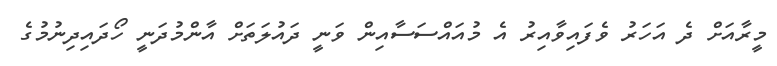
މީރާއަށް ދެ އަހަރު ވެފައިވާއިރު އެ މުއައްސަސާއިން ވަނީ ދައުލަތަށް އާންމުދަނީ ހޯދައިދިނުމުގެ